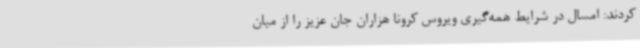
کردند: امسال در شرایط همه‌گیری ویروس کرونا هزاران جان عزیز را از میان